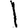
Digit: 1